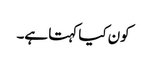
کون کیا کہتا ہے۔